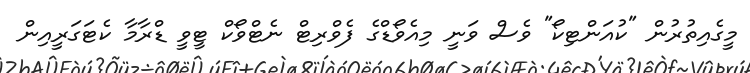
މީގެއިތުރުން "ކުއަންޓިކޯ" ވެސް ވަނީ މިއެވޯޑްގެ ފެވްރިޓް ނެޓްވޯކް ޓީވީ ޑްރާމާ ކެޓަގަރީއިން